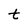
Character: t